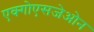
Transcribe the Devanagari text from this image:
एक्गोएसजेओन